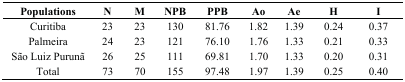
| Populations | N | M | NPB | PPB | Ao | Ae | H | I |
 | --- | --- | --- | --- | --- | --- | --- | --- | --- |
 | Curitiba | 23 | 23 | 130 | 81.76 | 1.82 | 1.39 | 0.24 | 0.37 |
 | Palmeira | 24 | 23 | 121 | 76.10 | 1.76 | 1.33 | 0.21 | 0.33 |
 | São Luiz Purunã | 26 | 25 | 111 | 69.81 | 1.70 | 1.33 | 0.20 | 0.31 |
 | Total | 73 | 70 | 155 | 97.48 | 1.97 | 1.39 | 0.25 | 0.40 |